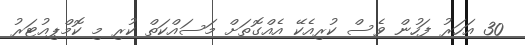
30 އަހަރު ފަހުން ވެސް ކުރިއެކޭ އެއްގޮތަށް މަސައްކަތް ކުރި މި ކޮމްޕިއުޓަރު